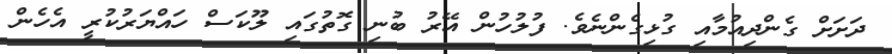
ދަށަށް ގެންދިއުމާއި ގުޅިގެންނެވެ. ފުލުހުން އޭރު ބުނި ގޮތުގައި ލޫކަސް ހައްޔަރުކުރީ އެހެން